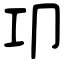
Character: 卭